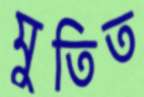
মুতিত